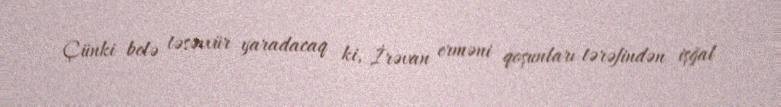
Çünki belə təsəvvür yaradacaq ki, İrəvan erməni qoşunları tərəfindən işğal